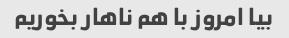
بیا امروز با هم ناهار بخوریم